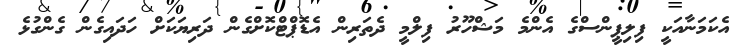
އެކަމަނާއަކީ ފިލިޕީންސްގެ އެންމެ މަޝްހޫރު ފިލްމީ ދެތަރިން އެޑޮޕްޓްކޮށްގެން ދަރިޔަކަށް ހަދައިގެން ގެންގުޅެ